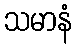
သမာနံ